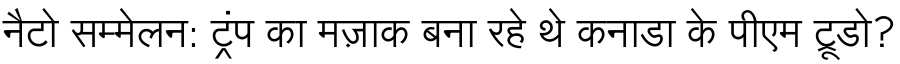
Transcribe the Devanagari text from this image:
नैटो सम्मेलन: ट्रंप का मज़ाक बना रहे थे कनाडा के पीएम ट्रूडो?